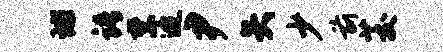
球语禁迨尹矢少前茭